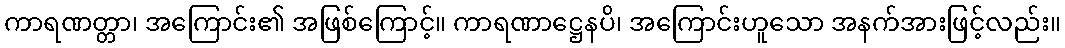
ကာရဏတ္တာ၊ အကြောင်း၏ အဖြစ်ကြောင့်။ ကာရဏာဋ္ဌေနပိ၊ အကြောင်းဟူသော အနက်အားဖြင့်လည်း။